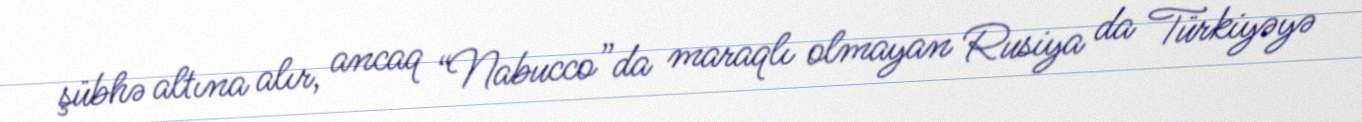
şübhə altına alır, ancaq “Nabucco”da maraqlı olmayan Rusiya da Türkiyəyə